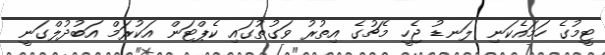
ޓީމުގެ ހަމައެކަނި ލަނޑު ޖެހީ މެޗުގެ އިތުރު ވަގުތުގައި ކެޕްޓަން އަކުރަމް އަބުދުލްގަނީ